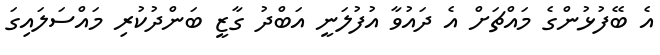
އެ ބޭފުޅުންގެ މައްޗަށް އެ ދައުވާ އުފުލަނީ އަބްދު ގާޒީ ބަންދުކުރި މައްސަލައިގަ